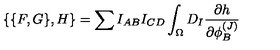
\{ \{ F , G \} , H \} = \sum I _ { A B } I _ { C D } \int _ { \Omega } D _ { I } { \frac { \partial h } { \partial \phi _ { B } ^ { ( J ) } } }